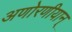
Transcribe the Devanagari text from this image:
अणोरणीयान्‌